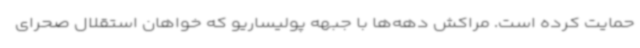
حمایت کرده است. مراکش دهه‌ها با جبهه پولیساریو که خواهان استقلال صحرای